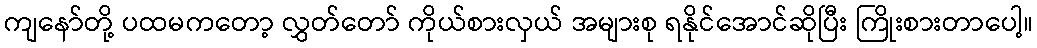
ကျနော်တို့ ပထမကတော့ လွှတ်တော် ကိုယ်စားလှယ် အများစု ရနိုင်အောင်ဆိုပြီး ကြိုးစားတာပေါ့။